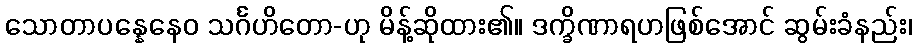
သောတာပန္နေနေဝ သင်္ဂဟိတော-ဟု မိန့်ဆိုထား၏။ ဒက္ခိဏာရဟဖြစ်အောင် ဆွမ်းခံနည်း၊